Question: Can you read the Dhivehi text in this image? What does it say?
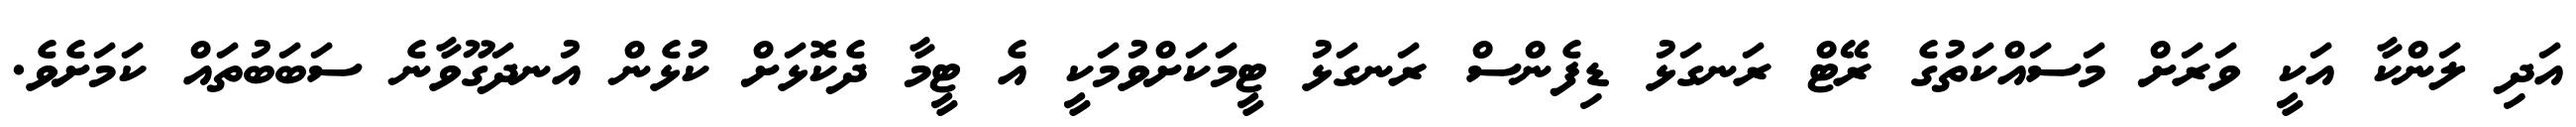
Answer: އަދި ލަންކާ އަކީ ވަރަށް މަސައްކަތުގެ ރޭޓް ރަނގަޅު ޑިފެންސް ރަނގަޅު ޓީމަކަށްވުމަކީ އެ ޓީމާ ދެކޮޅަށް ކުޅެން އުނދަގޫވާނެ ސަބަބުތައް ކަމަށެވެ.